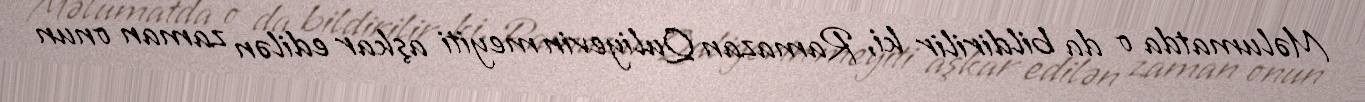
Məlumatda o da bildirilir ki, Ramazan Quliyevin meyiti aşkar edilən zaman onun